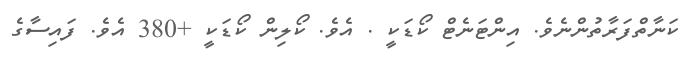
ކަނާތްފަރާތުންނެވެ. އިންޓަނެޓް ކޯޑަކީ . އެވެ. ކޯލިން ކޯޑަކީ +380 އެވެ. ފައިސާގެ